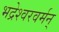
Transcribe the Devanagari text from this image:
भद्रेश्वरवर्मन्